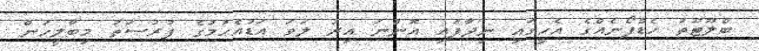
ބްލޫޓޫތު ހެޑްފޯނެއްގެ އެހީގައި ނިދާފައި އޮންނަ އިރު ލަވަ އަޑުއެހުމުގެ ފުރުސަތު މިބާލީހުން